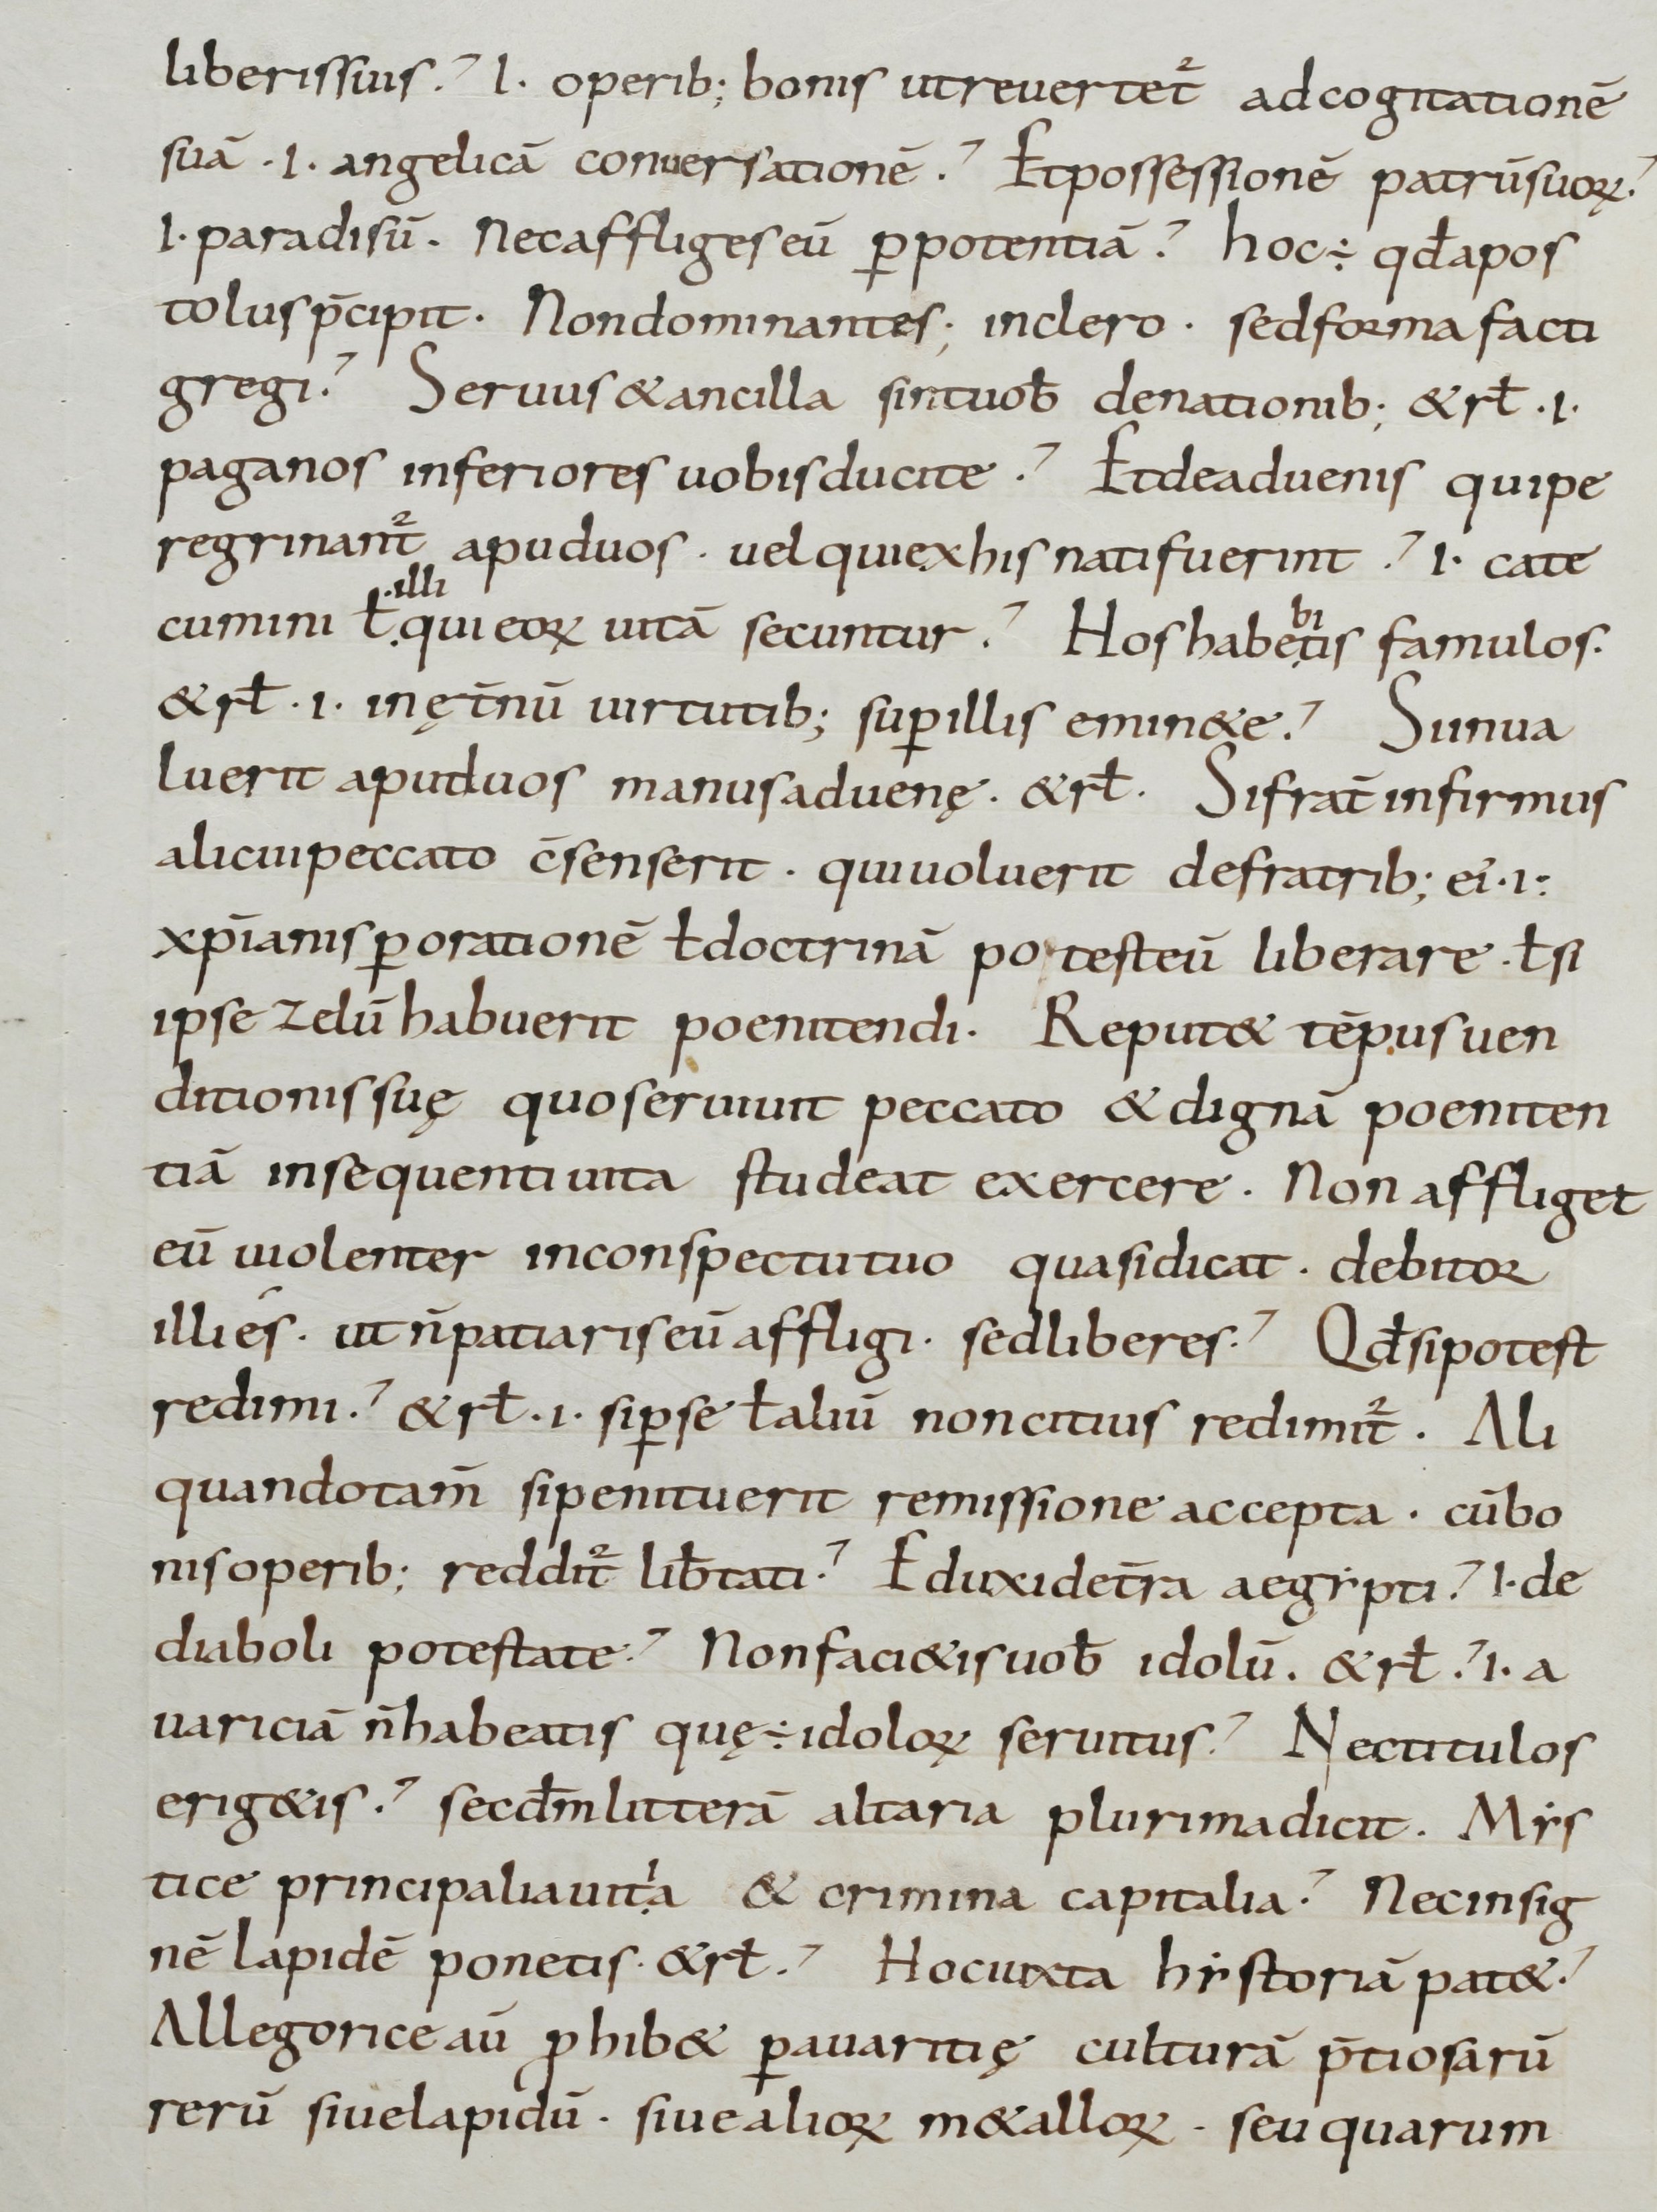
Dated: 800–899